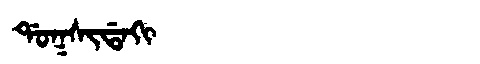
Manchu: ᡩᠣᡴᠰᡳᡩᠠᡴᡳ
Romanization: DOKSIDAKI